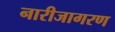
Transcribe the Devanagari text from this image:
नारीजागरण